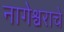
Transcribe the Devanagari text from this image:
नागेेश्वराचे